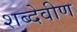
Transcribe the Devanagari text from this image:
शब्देवीण